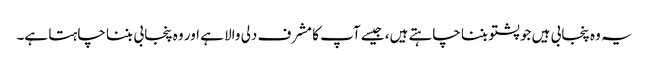
یہ وہ پنجابی ہیں جو پشتو بننا چاہتے ہیں، جیسے آپ کا مشرف دلی والا ہے اور وہ پنجابی بننا چاہتا ہے۔